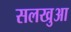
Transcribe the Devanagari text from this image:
सलखुआ